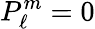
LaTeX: P_{\ell}^{m}=0